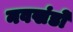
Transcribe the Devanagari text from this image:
नवखंडों